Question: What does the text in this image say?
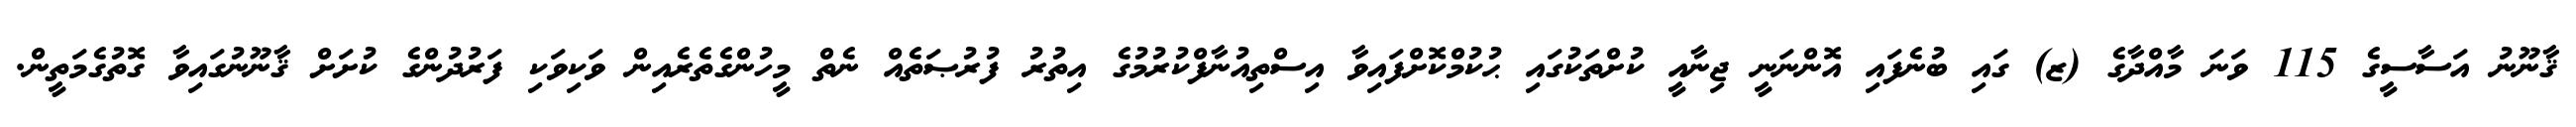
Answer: ޤާނޫނު އަސާސީގެ 115 ވަނަ މާއްދާގެ (ޒ) ގައި ބުނެފައި އޮންނަނީ ޖިނާއީ ކުށްތަކުގައި ޙުކުމްކޮށްފައިވާ އިސްތިއުނާފްކުރުމުގެ އިތުރު ފުރުޞަތެއް ނެތް މީހުންގެތެރެއިން ވަކިވަކި ފަރުދުންގެ ކުށަށް ޤާނޫނުގައިވާ ގޮތުގެމަތީން.